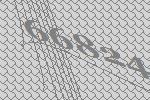
66824